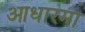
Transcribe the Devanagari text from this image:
आधारमा